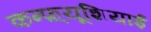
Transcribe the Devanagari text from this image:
कन्फ़्यूशियाई